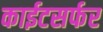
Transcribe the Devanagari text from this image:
काईटसर्फर